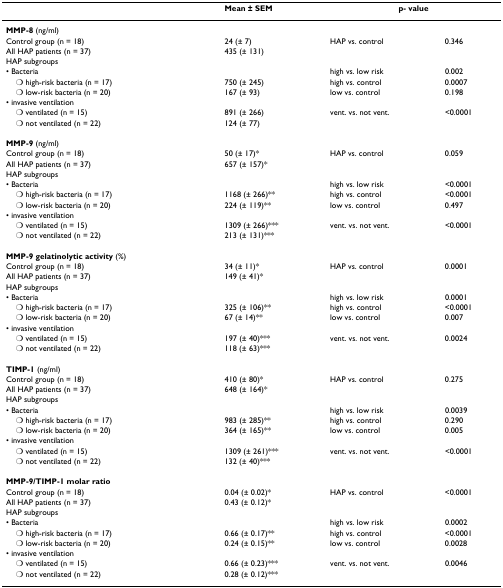
<table><thead><tr><td></td><td><b>Mean ± SEM</b></td><td colspan="2"><b>p- value</b></td></tr></thead><tbody><tr><td><b>MMP-8 </b>(ng/ml)</td><td></td><td></td><td></td></tr><tr><td>Control group (n = 18)</td><td>24 (± 7)</td><td>HAP vs. control</td><td>0.346</td></tr><tr><td>All HAP patients (n = 37)</td><td>435 (± 131)</td><td></td><td></td></tr><tr><td>HAP subgroups</td><td></td><td></td><td></td></tr><tr><td>• Bacteria</td><td></td><td>high vs. low risk</td><td>0.002</td></tr><tr><td> ○ high-risk bacteria (n = 17)</td><td>750 (± 245)</td><td>high vs. control</td><td>0.0007</td></tr><tr><td> ○ low-risk bacteria (n = 20)</td><td>167 (± 93)</td><td>low vs. control</td><td>0.198</td></tr><tr><td>• invasive ventilation</td><td></td><td></td><td></td></tr><tr><td> ○ ventilated (n = 15)</td><td>891 (± 266)</td><td>vent. vs. not vent.</td><td>&lt;0.0001</td></tr><tr><td> ○ not ventilated (n = 22)</td><td>124 (± 77)</td><td></td><td></td></tr><tr><td><b>MMP-9 </b>(ng/ml)</td><td></td><td></td><td></td></tr><tr><td>Control group (n = 18)</td><td>50 (± 17)*</td><td>HAP vs. control</td><td>0.059</td></tr><tr><td>All HAP patients (n = 37)</td><td>657 (± 157)*</td><td></td><td></td></tr><tr><td>HAP subgroups</td><td></td><td></td><td></td></tr><tr><td>• Bacteria</td><td></td><td>high vs. low risk</td><td>&lt;0.0001</td></tr><tr><td> ○ high-risk bacteria (n = 17)</td><td>1168 (± 266)**</td><td>high vs. control</td><td>&lt;0.0001</td></tr><tr><td> ○ low-risk bacteria (n = 20)</td><td>224 (± 119)**</td><td>low vs. control</td><td>0.497</td></tr><tr><td>• invasive ventilation</td><td></td><td></td><td></td></tr><tr><td> ○ ventilated (n = 15)</td><td>1309 (± 266)***</td><td>vent. vs. not vent.</td><td>&lt;0.0001</td></tr><tr><td> ○ not ventilated (n = 22)</td><td>213 (± 131)***</td><td></td><td></td></tr><tr><td><b>MMP-9 gelatinolytic activity </b>(%)</td><td></td><td></td><td></td></tr><tr><td>Control group (n = 18)</td><td>34 (± 11)*</td><td>HAP vs. control</td><td>0.0001</td></tr><tr><td>All HAP patients (n = 37)</td><td>149 (± 41)*</td><td></td><td></td></tr><tr><td>HAP subgroups</td><td></td><td></td><td></td></tr><tr><td>• Bacteria</td><td></td><td>high vs. low risk</td><td>0.0001</td></tr><tr><td> ○ high-risk bacteria (n = 17)</td><td>325 (± 106)**</td><td>high vs. control</td><td>&lt;0.0001</td></tr><tr><td> ○ low-risk bacteria (n = 20)</td><td>67 (± 14)**</td><td>low vs. control</td><td>0.007</td></tr><tr><td>• invasive ventilation</td><td></td><td></td><td></td></tr><tr><td> ○ ventilated (n = 15)</td><td>197 (± 40)***</td><td>vent. vs. not vent.</td><td>0.0024</td></tr><tr><td> ○ not ventilated (n = 22)</td><td>118 (± 63)***</td><td></td><td></td></tr><tr><td><b>TIMP-1 </b>(ng/ml)</td><td></td><td></td><td></td></tr><tr><td>Control group (n = 18)</td><td>410 (± 80)*</td><td>HAP vs. control</td><td>0.275</td></tr><tr><td>All HAP patients (n = 37)</td><td>648 (± 164)*</td><td></td><td></td></tr><tr><td>HAP subgroups</td><td></td><td></td><td></td></tr><tr><td>• Bacteria</td><td></td><td>high vs. low risk</td><td>0.0039</td></tr><tr><td> ○ high-risk bacteria (n = 17)</td><td>983 (± 285)**</td><td>high vs. control</td><td>0.290</td></tr><tr><td> ○ low-risk bacteria (n = 20)</td><td>364 (± 165)**</td><td>low vs. control</td><td>0.005</td></tr><tr><td>• invasive ventilation</td><td></td><td></td><td></td></tr><tr><td> ○ ventilated (n = 15)</td><td>1309 (± 261)***</td><td>vent. vs. not vent.</td><td>&lt;0.0001</td></tr><tr><td> ○ not ventilated (n = 22)</td><td>132 (± 40)***</td><td></td><td></td></tr><tr><td><b>MMP-9/TIMP-1 molar ratio</b></td><td></td><td></td><td></td></tr><tr><td>Control group (n = 18)</td><td>0.04 (± 0.02)*</td><td>HAP vs. control</td><td>&lt;0.0001</td></tr><tr><td>All HAP patients (n = 37)</td><td>0.43 (± 0.12)*</td><td></td><td></td></tr><tr><td>HAP subgroups</td><td></td><td></td><td></td></tr><tr><td>• Bacteria</td><td></td><td>high vs. low risk</td><td>0.0002</td></tr><tr><td> ○ high-risk bacteria (n = 17)</td><td>0.66 (± 0.17)**</td><td>high vs. control</td><td>&lt;0.0001</td></tr><tr><td> ○ low-risk bacteria (n = 20)</td><td>0.24 (± 0.15)**</td><td>low vs. control</td><td>0.0028</td></tr><tr><td>• invasive ventilation</td><td></td><td></td><td></td></tr><tr><td> ○ ventilated (n = 15)</td><td>0.66 (± 0.23)***</td><td>vent. vs. not vent.</td><td>0.0046</td></tr><tr><td> ○ not ventilated (n = 22)</td><td>0.28 (± 0.12)***</td><td></td><td></td></tr></tbody></table>